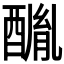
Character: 𨢂